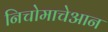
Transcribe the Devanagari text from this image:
निचोमाचेआन